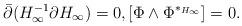
LaTeX: \begin{align*}\bar \partial (H_\infty^{-1}\partial H_\infty) = 0, [\Phi \wedge \Phi^{*_{H_\infty}}]=0.\end{align*}